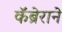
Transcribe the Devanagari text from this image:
कॅब्रेराने